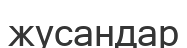
жусандар